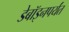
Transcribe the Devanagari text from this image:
डेबॉइनपर्यंत